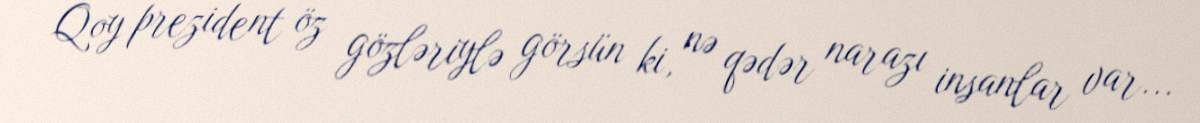
Qoy prezident öz gözləriylə görsün ki, nə qədər narazı insanlar var...